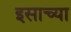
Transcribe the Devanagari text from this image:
इसाच्या